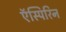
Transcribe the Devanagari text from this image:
ऍस्पिरिन